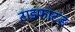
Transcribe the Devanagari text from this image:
टाइफाटड